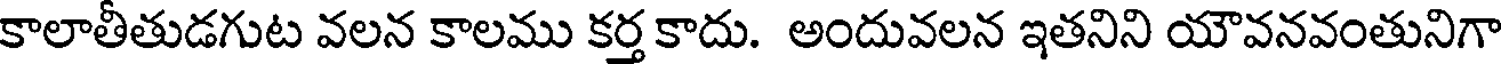
కాలాతీతుడగుట వలన కాలము కర్త కాదు. అందువలన ఇతనిని యౌవనవంతునిగా